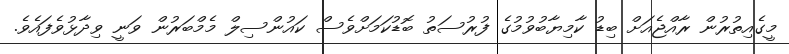
މީގެއިތުރުން ރާއްޖެއަށް ބިޑު ކާމިޔާބުވުމުގެ ފުރުސަތު ބޮޑުކަމަށްވެސް ކައުންސިލް މެމްބަރުން ވަނީ ވިދާޅުވެފައެވެ.